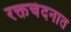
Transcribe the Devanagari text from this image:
रक्तचंदनात